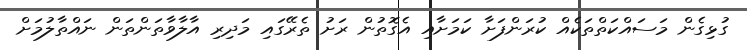
ގުޅިގެން މަސައްކަތްތަކެއް ކުރަންފަށާ ކަމަށާއި އެގޮތުން ރަށު ތެރޭގައި މަދިރި އާލާވާތަންތަން ނައްތާލުމަށް